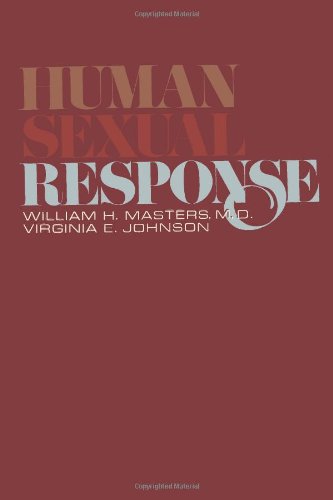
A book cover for Human Sexual Response; William H. Masters; Medical Books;